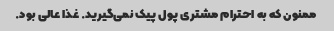
ممنون که به احترام مشتری پول پیک نمی‌گیرید. غذا عالی بود.